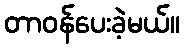
တာဝန်ပေးခဲ့မယ်။